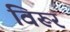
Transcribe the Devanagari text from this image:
विरूर